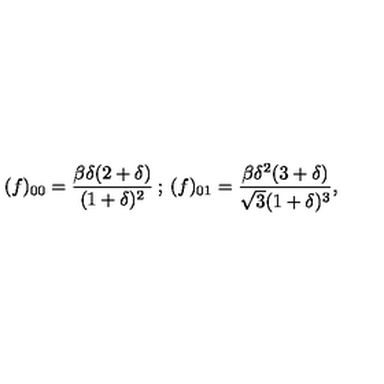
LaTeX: ( f ) _ { 0 0 } = \frac { \beta \delta ( 2 + \delta ) } { ( 1 + \delta ) ^ { 2 } } \: ; \: ( f ) _ { 0 1 } = \frac { \beta \delta ^ { 2 } ( 3 + \delta ) } { \sqrt { 3 } ( 1 + \delta ) ^ { 3 } } ,